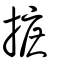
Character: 摭